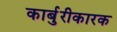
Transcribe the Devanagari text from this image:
कार्बुरीकारक